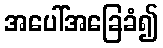
အပေါ်အခြေခံ၍